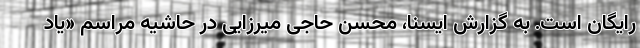
رایگان است. به گزارش ایسنا، محسن حاجی میرزایی در حاشیه مراسم «یاد